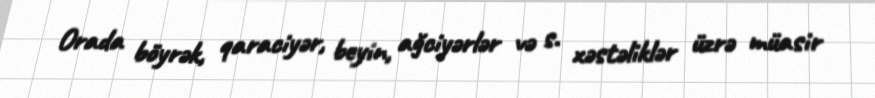
Orada böyrək, qaraciyər, beyin, ağciyərlər və s. xəstəliklər üzrə müasir